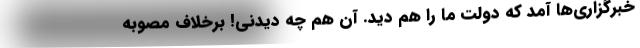
خبرگزاری‌ها آمد که دولت ما را هم دید. آن هم چه دیدنی! برخلاف مصوبه